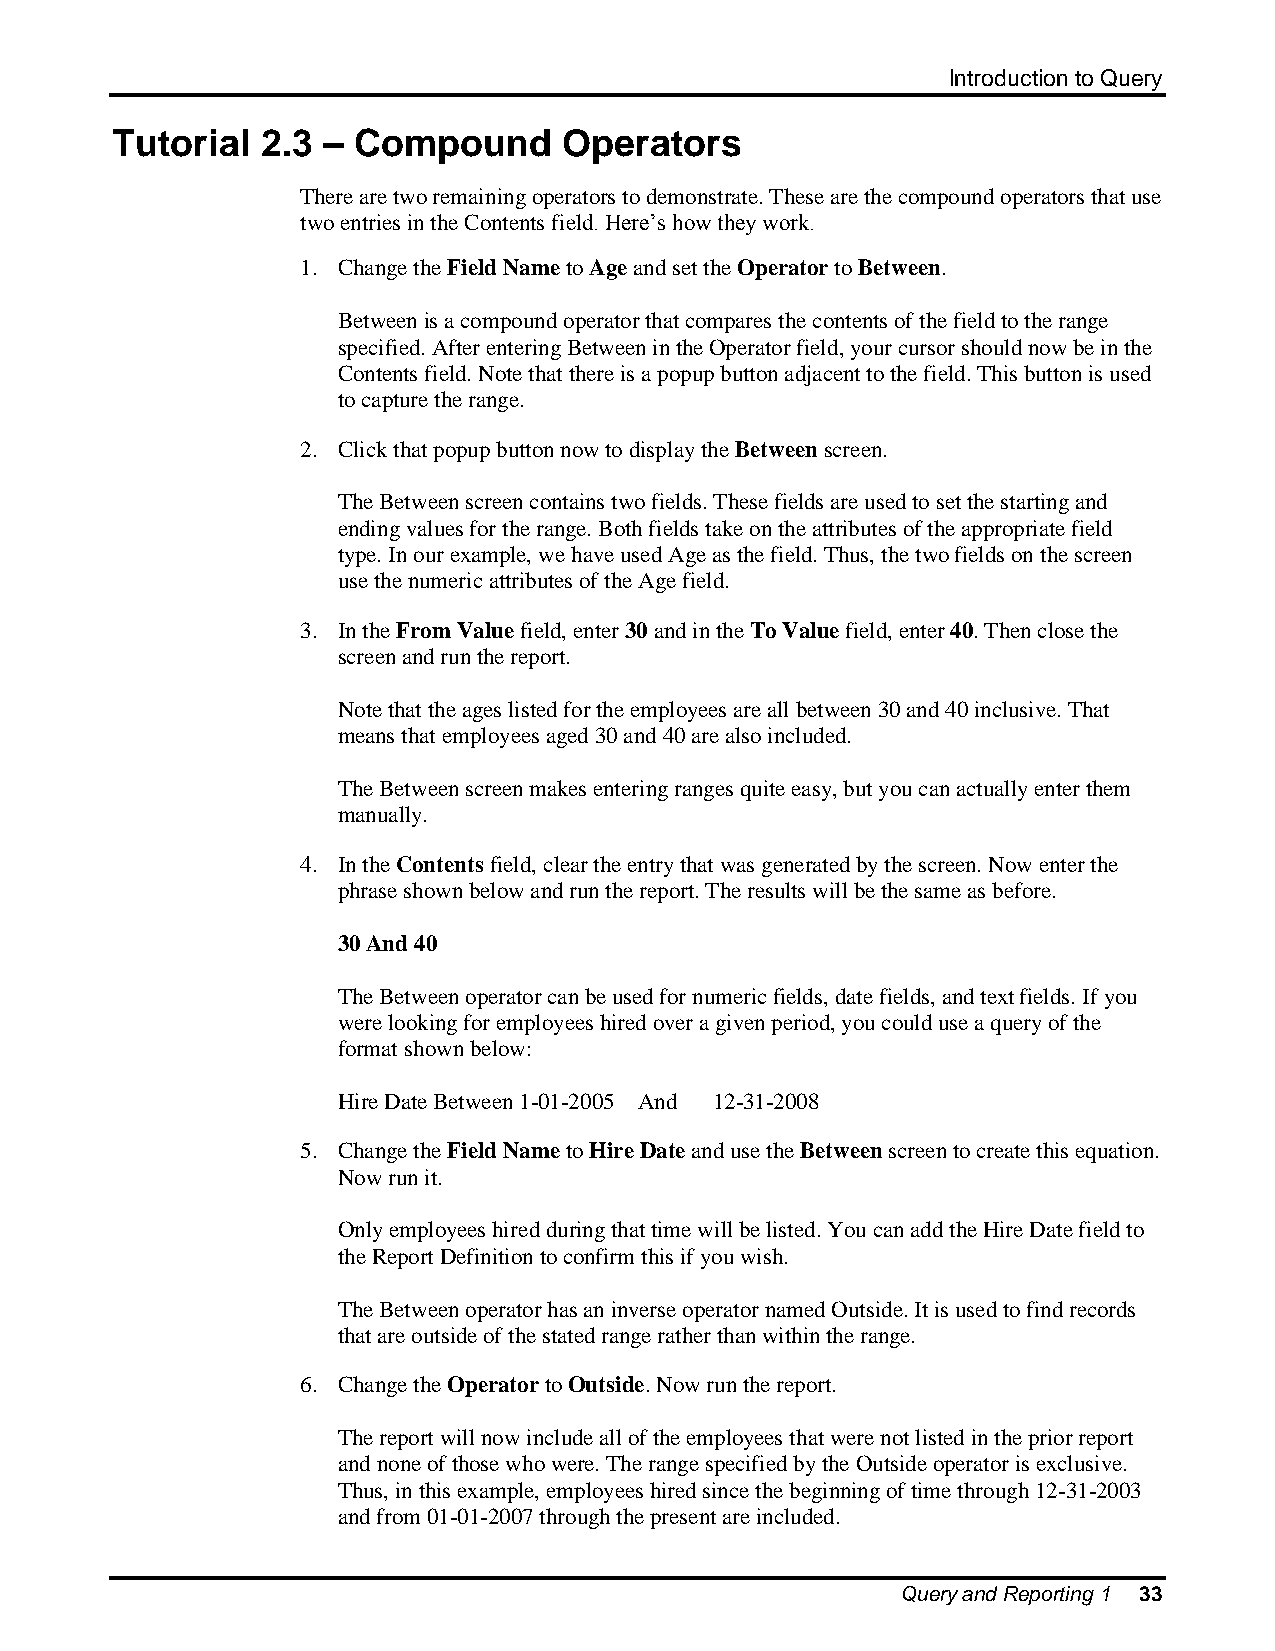
Introduction to Query
 Tutorial  2.3 – Compound      Operators
 There are two remaining operators to demonstrate. These are the compound operators that use
 two entries in the Contents field. Here’s how they work.
 1. Change the Field Name to Age and set the Operator to Between.
 Between is a compound operator that compares the contents of the field to the range
 specified. After entering Between in the Operator field, your cursor should now be in the
 Contents field. Note that there is a popup button adjacent to the field. This button is used
 to capture the range.
 2. Click that popup button now to display the Between screen.
 The Between screen contains two fields. These fields are used to set the starting and
 ending values for the range. Both fields take on the attributes of the appropriate field
 type. In our example, we have used Age as the field. Thus, the two fields on the screen
 use the numeric attributes of the Age field.
 3. In the From Value field, enter 30 and in the To Value field, enter 40. Then close the
 screen and run the report.
 Note that the ages listed for the employees are all between 30 and 40 inclusive. That
 means that employees aged 30 and 40 are also included.
 The Between screen makes entering ranges quite easy, but you can actually enter them
 manually.
 4. In the Contents field, clear the entry that was generated by the screen. Now enter the
 phrase shown below and run the report. The results will be the same as before.
 30 And 40
 The Between operator can be used for numeric fields, date fields, and text fields. If you
 were looking for employees hired over a given period, you could use a query of the
 format shown below:
 Hire Date Between 1-01-2005 And 12-31-2008
 5. Change the Field Name to Hire Date and use the Between screen to create this equation.
 Now run it.
 Only employees hired during that time will be listed. You can add the Hire Date field to
 the Report Definition to confirm this if you wish.
 The Between operator has an inverse operator named Outside. It is used to find records
 that are outside of the stated range rather than within the range.
 6. Change the Operator to Outside. Now run the report.
 The report will now include all of the employees that were not listed in the prior report
 and none of those who were. The range specified by the Outside operator is exclusive.
 Thus, in this example, employees hired since the beginning of time through 12-31-2003
 and from 01-01-2007 through the present are included.
 Query and Reporting 1 33